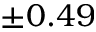
\pm 0 . 4 9